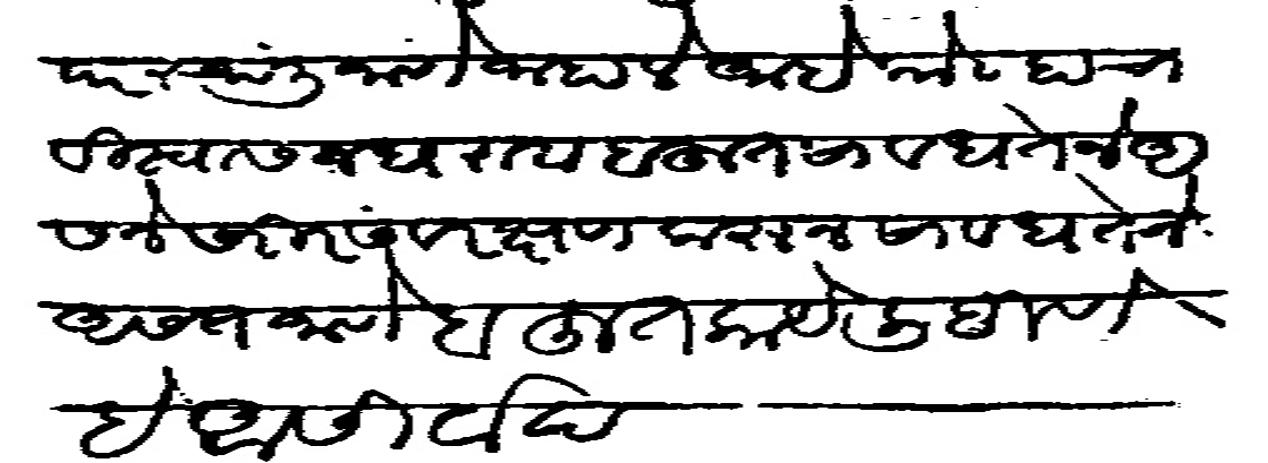
Transliteration (Devanagari): परस्थळी जाणे जाले आहे कोण्हाचा विश्वास न धरावा बहुत सावधतेने असणे शरीर संरक्षण करून सावधतेने असत जाणे बहुत काय लिहीणे हे आसीर्वाद